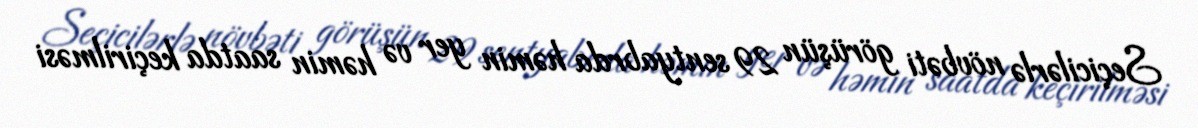
Seçicilərlə növbəti görüşün 29 sentyabrda həmin yer və həmin saatda keçirilməsi